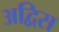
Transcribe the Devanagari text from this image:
अद्विस